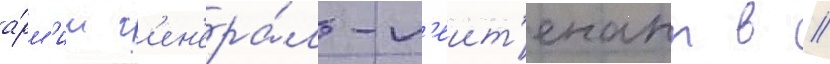
а́рм'ии г'ен'ера́л-л'еит'енант в //